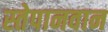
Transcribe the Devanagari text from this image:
स्तेपानवान